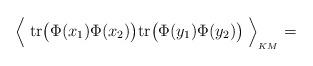
LaTeX: \begin{align*}\Big\langle\; {\rm tr}\big( \Phi(x_1)\Phi(x_2)\big){\rm tr}\big(\Phi(y_1)\Phi(y_2)\big)\;\Big\rangle_{\hbox{}_{KM}}=\end{align*}